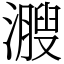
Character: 㵻